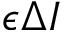
\epsilon \Delta I